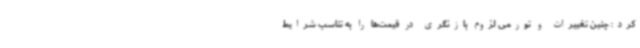
کرد: چنین تغییرات و تورمی لزوم بازنگری در قیمت‌ها را به تناسب شرایط